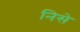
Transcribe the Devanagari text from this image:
निसे